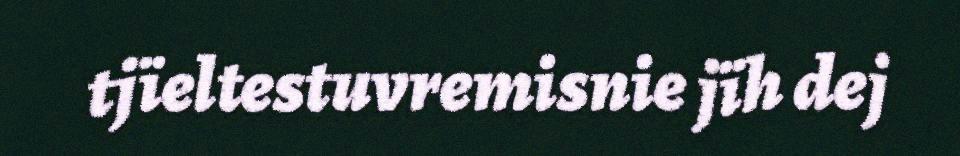
tjïeltestuvremisnie jïh dej